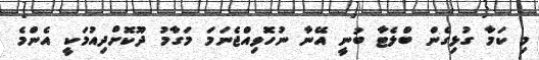
މި ކަމާ ގުޅިގެން ބްލެޓާ ބުނީ އޭނާ ނުހޮވިއްޖެނަމަ މަގާމު ދޫކޮށްދިއުމަކީ އެންމެ